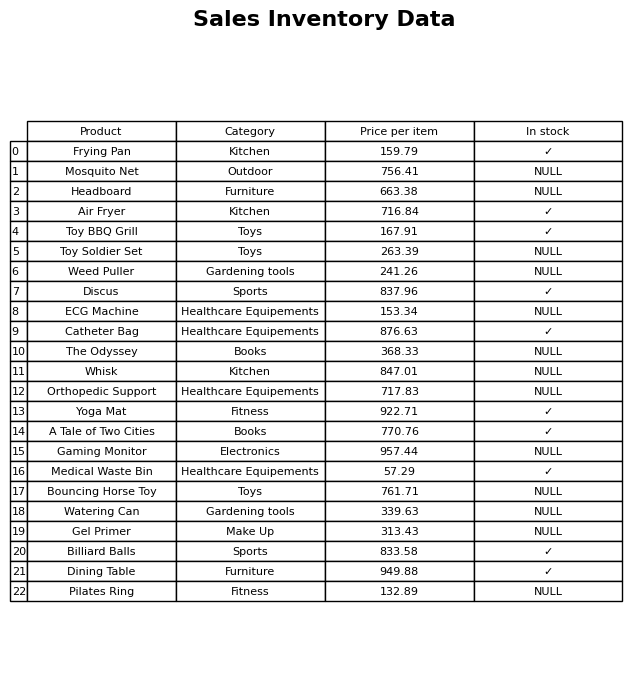
question: What is the price of the Bouncing Horse Toy?
answer: The price of Bouncing Horse Toy is 761.71.